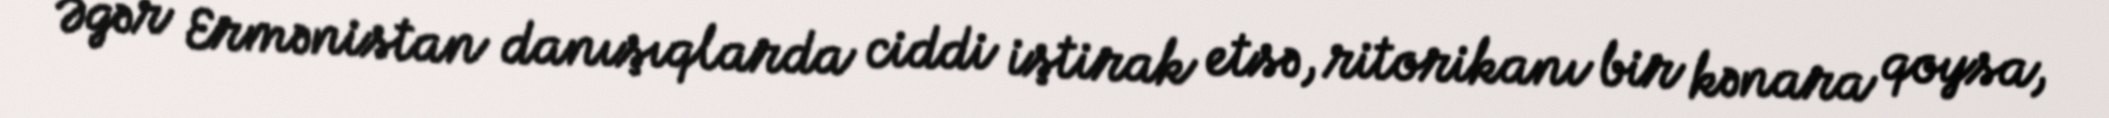
Əgər Ermənistan danışıqlarda ciddi iştirak etsə, ritorikanı bir kənara qoysa,